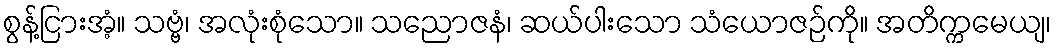
စွန့်ငြားအံ့။ သဗ္ဗံ၊ အလုံးစုံသော။ သညောဇနံ၊ ဆယ်ပါးသော သံယောဇဉ်ကို။ အတိက္ကမေယျ၊